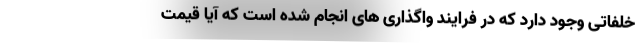
خلفاتی وجود دارد که در فرایند واگذاری های انجام شده است که آیا قیمت